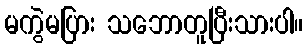
မကွဲမပြား သဘောတူပြီးသားပါ။